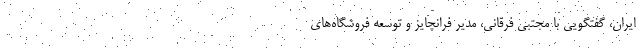
ایران، گفتگویی با مجتبی فرقانی، مدیر فرانچایز و توسعه فروشگاه­های